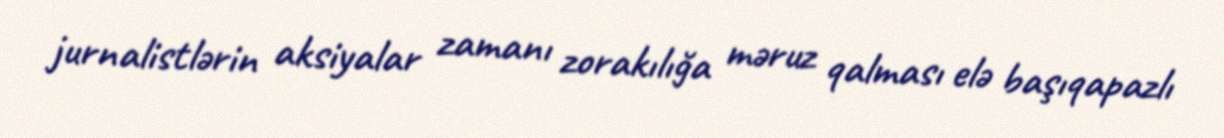
jurnalistlərin aksiyalar zamanı zorakılığa məruz qalması elə başıqapazlı